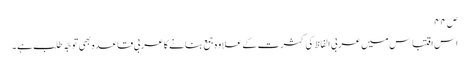
ص۴۴
اس اقتباس میں عربی الفاظ کی کثرت کے علاوہ جمع بنانے کاعربی قاعدہ بھی توجّہ طلب ہے ۔